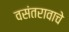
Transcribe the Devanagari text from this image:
वसंतरावाचे